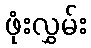
ဖုံးလွှမ်း